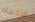
الأكمام